Leaving Certificate Examination, 1911
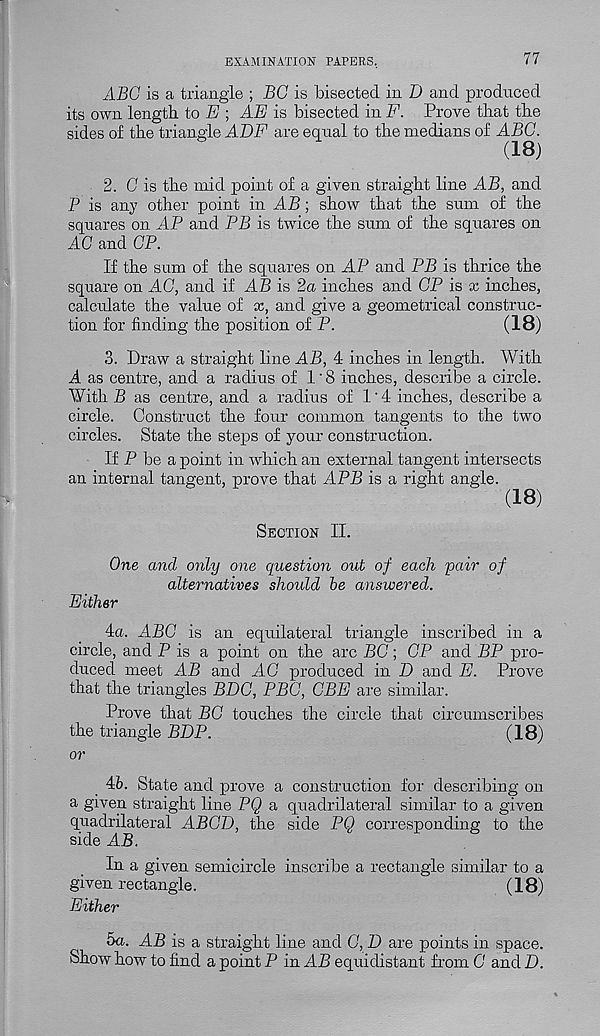
EXAMINATION PAPERS,
77
ABC is a triangle ; BC is bisected in D and produced
its own length, to E ; AE is bisected in F. Prove that the
sides of the triangle ABF are equal to the medians of ABC.
(18)
2. 0 is the mid point of a given straight line AB, and
P is any other point in AB; show that the sum of the
squares on AP and PB is twice the sum of the squares on
AC and CP.
If the sum of the squares on AP and PB is thrice the
square on AC, and if AB is 2a inches and CP is x inches,
calculate the value of x, and give a geometrical construc-
tion for finding the position of P.
(18)
3. Draw a straight line AB, 4 inches in length. With
A as centre, and a radius of 1'8 inches, describe a circle.
With B as centre, and a radius of 1'4 inches, describe a
circle. Construct the four common tangents to the two
circles. State the steps of your construction.
If P be a point in which an external tangent intersects
an internal tangent, prove that APB is a right angle.
(18)
Section II.
One and only one question out of each pair of
alternatives should be answered.
Either
4a. ABC is an equilateral triangle inscribed in a
circle, and P is a point on the arc BC; CP and BP pro-
duced meet AB and AC produced in D and E. Prove
that the triangles BBC, PBC, CBE are similar.
Prove that BC touches the circle that circumscribes
the triangle BBP.
(18)
or
Ab. State and prove a construction for describing on
a given straight line PQ a quadrilateral similar to a given
quadrilateral ABCB, the side PQ corresponding to the
side AB.
In a given semicircle inscribe a rectangle similar to a
given rectangle.
(18)
Either
5a. AB is a straight line and C, B are points in space.
Show how to find a point P in AB equidistant from C and B.